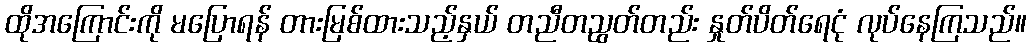
ထိုအကြောင်းကို မပြောရန် တားမြစ်ထားသည့်နှယ် တညီတညွတ်တည်း နှုတ်ပိတ်ရေငုံ လုပ်နေကြသည်။